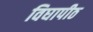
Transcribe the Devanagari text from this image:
विघापीठ